NAE_EAOK_eestikeelsed_sunnimeetrikad, lk 317
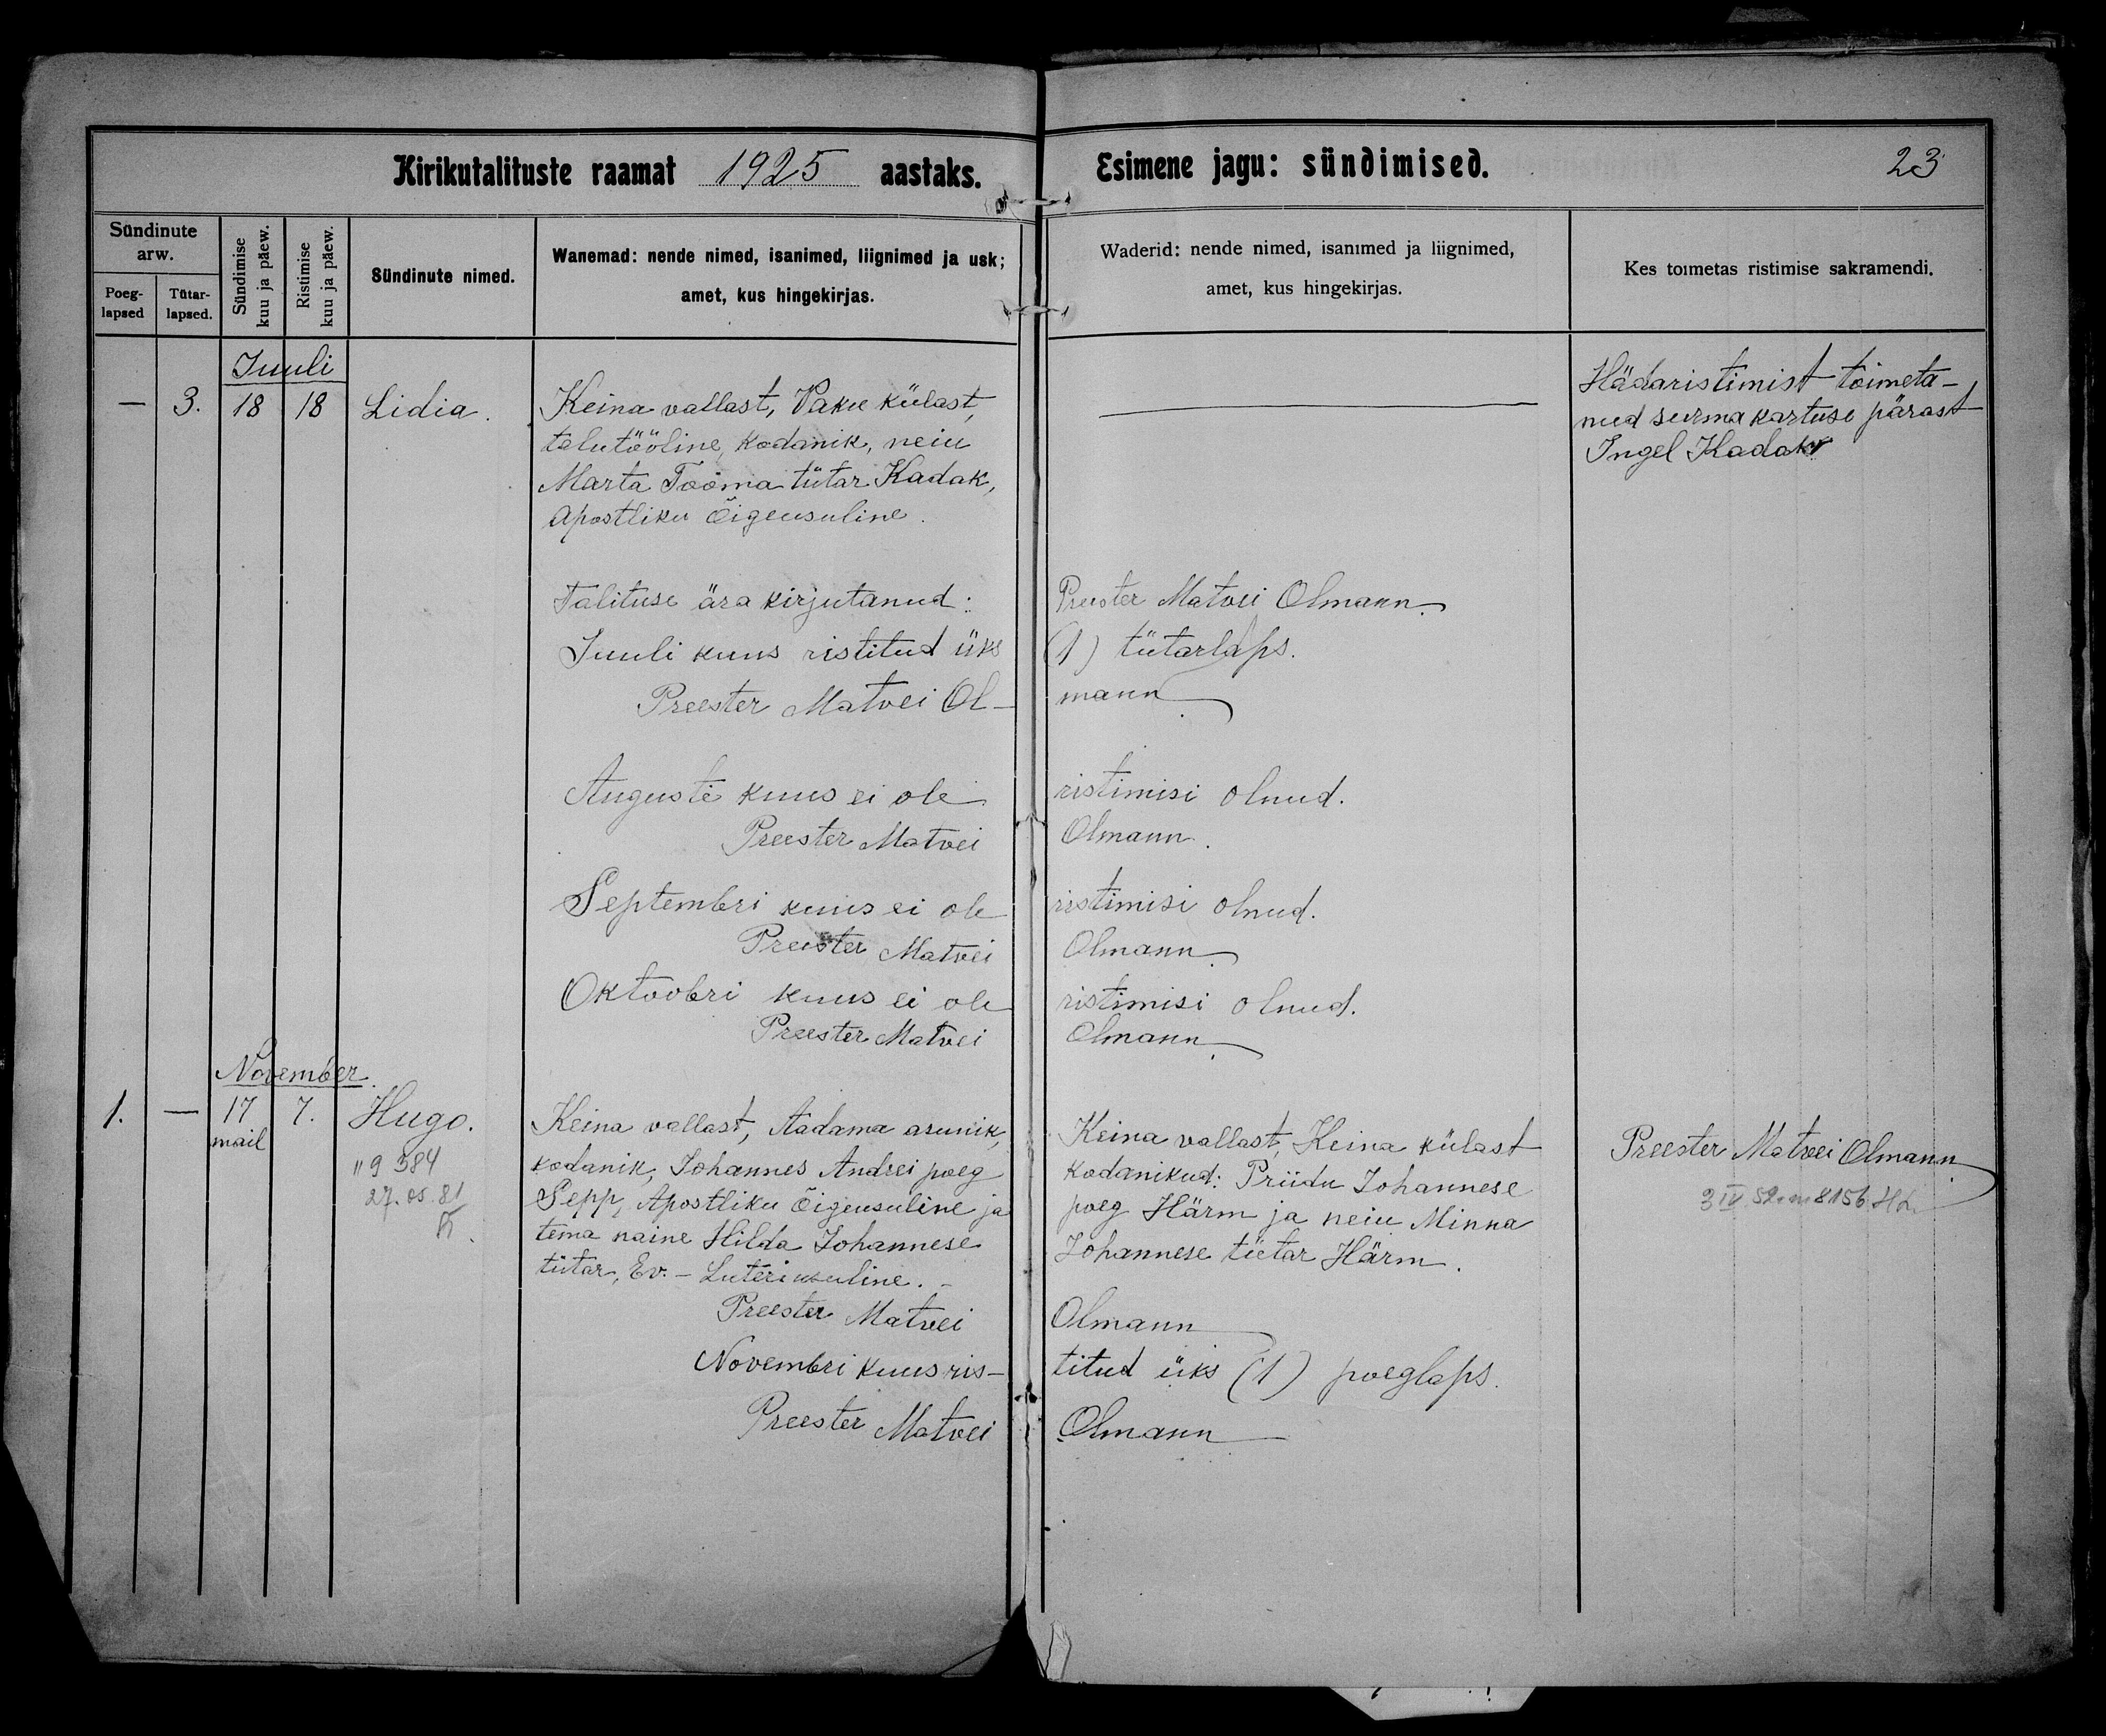
Lidia.

Hugo.

Keina wallast, Pakre külast,
talutööline, kodanik, neiu
Marta Tooma tütar Kadak,
Apostliku Õigeusuline

Keina wallast, Aadama asunik,
kodanik, Johannes Andrei poeg
Sepp, Apostliku Õigeusuline ja
tema naine Hilda Johannese
tütar, Ev.-Luteriusuline.